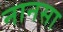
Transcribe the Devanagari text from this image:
नानसा